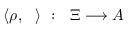
\langle \rho , ~ ~ \rangle ~ : ~ ~ \Xi \longrightarrow A